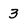
Character: 3